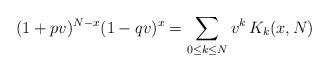
LaTeX: \begin{align*}(1+pv)^{N-x}(1-qv)^x&=\sum_{0\le k\le N} v^k\,K_k(x,N)\\\end{align*}